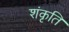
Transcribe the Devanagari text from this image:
शंकृति